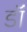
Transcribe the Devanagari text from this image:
डॉं